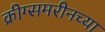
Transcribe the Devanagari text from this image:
क्रीग्समरीनच्या